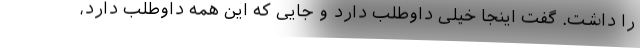
را داشت. گفت اینجا خیلی داوطلب دارد و جایی که این همه داوطلب دارد،